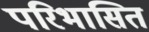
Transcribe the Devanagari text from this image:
परिभासित